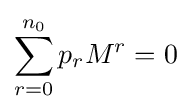
\sum _{r=0}^{n_{0}}p_{r}M^{r}=0